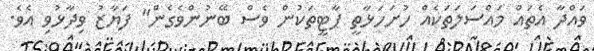
ވައްދާ އެތައް މައްސަލަތަކެއް ހުށަހަޅާތީ ޕާޓީތަކުން ވެސް ބޭނުންވެގެން" ފަޔާޒު ވިދާޅުވި އެވެ.